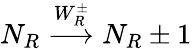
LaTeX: N_{R}\stackrel{W_{R}^{\pm}}{\longrightarrow}N_{R}\pm 1